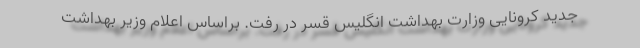
جدید کرونایی وزارت بهداشت انگلیس قسر در رفت. براساس اعلام وزیر بهداشت